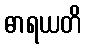
ဓာရယတိ